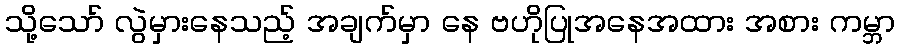
သို့သော် လွဲမှားနေသည့် အချက်မှာ နေ ဗဟိုပြုအနေအထား အစား ကမ္ဘာ